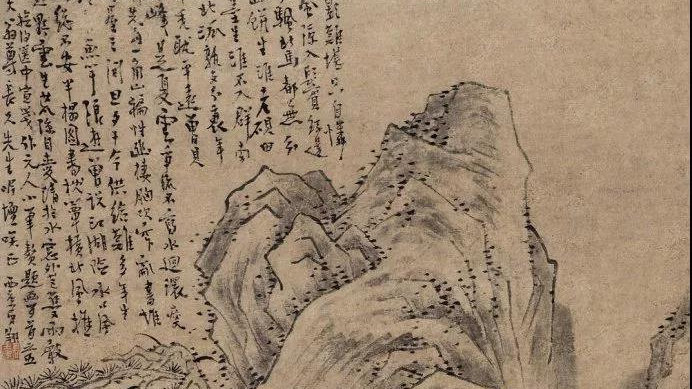
天降下民，作之君，作之师，惟曰其助上帝宠之。